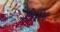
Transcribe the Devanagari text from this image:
होरी।